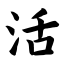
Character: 活